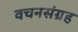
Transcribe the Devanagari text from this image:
वचनसंग्रह